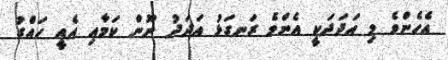
އެހެންވެ މި އަދަދަކީ އެންމެ ރަނގަޅު އަދަދު ނޫން ކަމާއި އެއީ ހައްގު